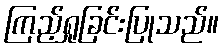
ကြည့်ရှုခြင်းပြုသည်။